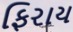
ફિરાય